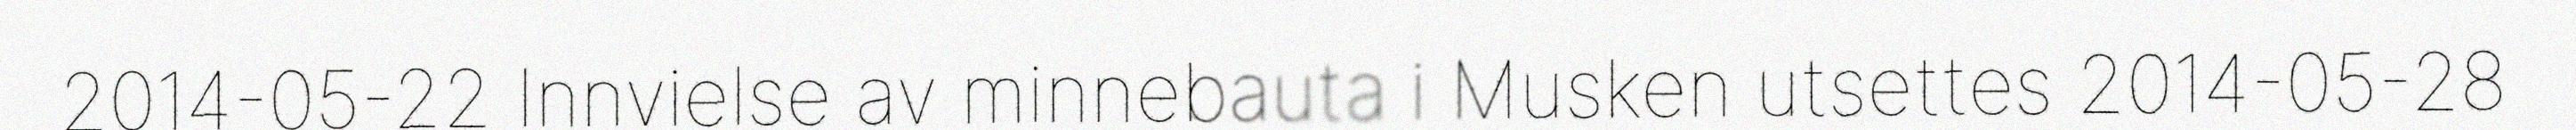
2014-05-22 Innvielse av minnebauta i Musken utsettes 2014-05-28